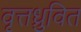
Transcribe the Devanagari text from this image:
वृत्तध्रुवित